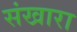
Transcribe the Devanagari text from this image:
संखारा